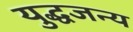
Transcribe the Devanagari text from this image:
युद्धजन्‍य